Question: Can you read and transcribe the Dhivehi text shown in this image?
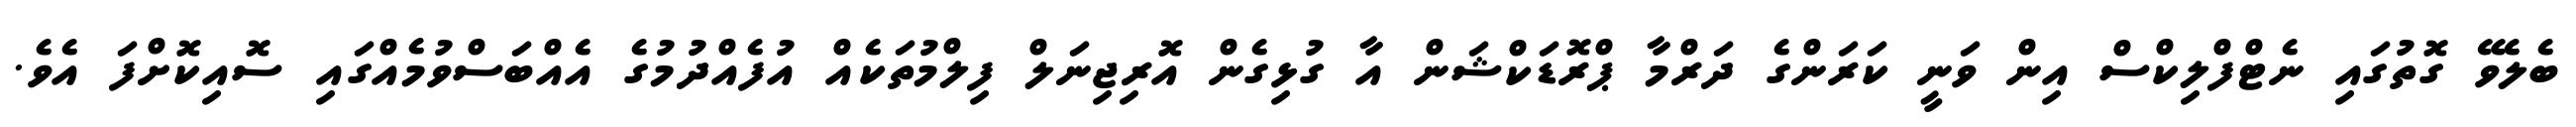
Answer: ބެލެވޭ ގޮތުގައި ނެޓްފްލިކްސް އިން ވަނީ ކަރަންގެ ދަރްމާ ޕްރޮޑަކްޝަން އާ ގުޅިގެން އޮރިޖިނަލް ފިލްމުތަކެއް އުފެއްދުމުގެ އެއްބަސްވުމެއްގައި ސޮއިކޮށްފަ އެވެ.